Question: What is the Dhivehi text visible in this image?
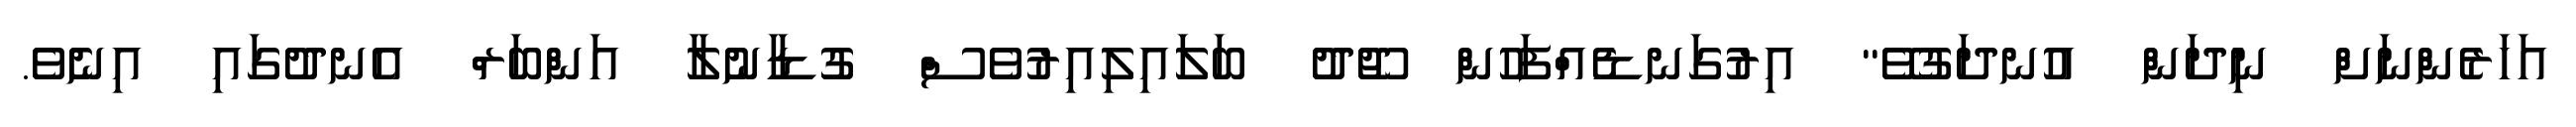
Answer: އަހަރެންނަށް ނިދަން އުނދަގުވޭ" އިރުގަނޑެއްފަހުން ޖޫދު ބަލައިލިއިރުވެސް ގުޑާނުލާ އަންބަރް އެނދުގައި އިނެވެ.